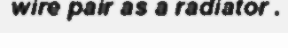
wire pair as a radiator .